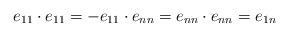
LaTeX: \begin{align*}e_{11}\cdot e_{11}=-e_{11}\cdot e_{nn}=e_{nn}\cdot e_{nn}=e_{1n}\end{align*}